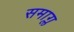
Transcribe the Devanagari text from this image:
समाग्ल